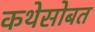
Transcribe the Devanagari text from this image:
कथेसोबत